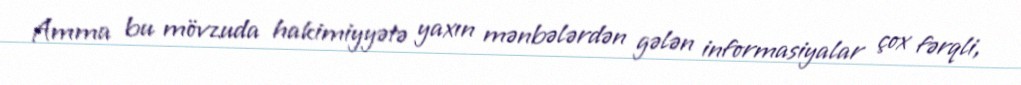
Amma bu mövzuda hakimiyyətə yaxın mənbələrdən gələn informasiyalar çox fərqli,